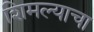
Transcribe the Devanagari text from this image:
शिमल्याचा